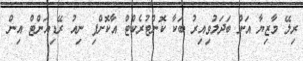
ރިލޭ މާޒިޔާ އަށް ބަދަލުވިއިރު ބަކާ ކޮންޓުރެކްޓް އާކޮށްފި ނިއު ރޭޑިއަންޓް އިން